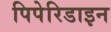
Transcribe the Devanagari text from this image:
पिपेरिडाइन